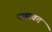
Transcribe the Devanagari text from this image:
पाहावत